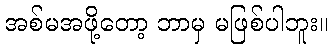
အစ်မအဖို့တော့ ဘာမှ မဖြစ်ပါဘူး။